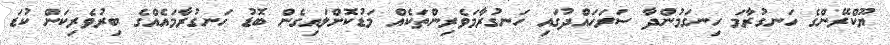
ޔޫކްރޭންގެ ހަނގުރާމަ ހިނގަމުންދާ ސަރަހައްދުގައި ހަނގުރާމަވެރިންތަކެއް މަޑުކޮށްލައިގެން ބޮޑު ހަނގުރާމައެއްގެ ބިރުވެރިކަން ކުޑަ